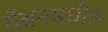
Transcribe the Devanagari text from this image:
गॅबनमधील